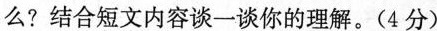
么?结合短文内容谈一谈你的理解。(4分)